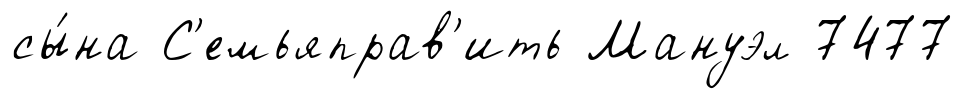
сы́на С'емьяправ'ить Мануэл 7477